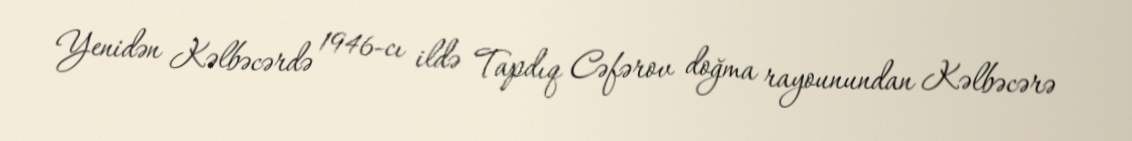
Yenidən Kəlbəcərdə 1946-cı ildə Tapdıq Cəfərov doğma rayounundan Kəlbəcərə